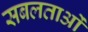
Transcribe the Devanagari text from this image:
सबलताओं